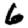
Digit: 6